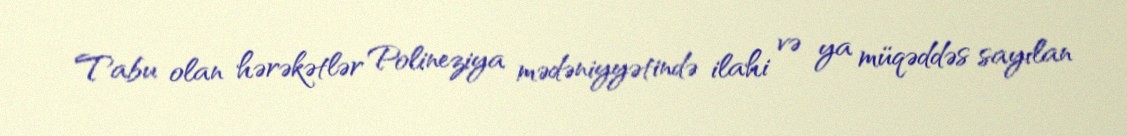
Tabu olan hərəkətlər Polineziya mədəniyyətində ilahi və ya müqəddəs sayılan